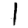
Digit: 1